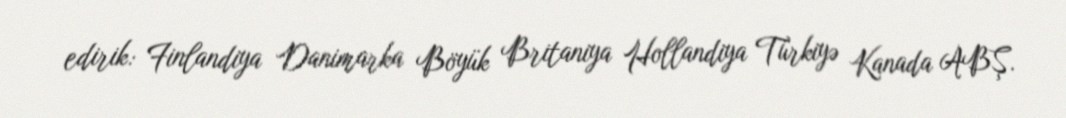
edirik: Finlandiya Danimarka Böyük Britaniya Hollandiya Türkiyə Kanada ABŞ.